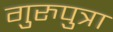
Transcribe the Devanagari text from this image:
गुरुपुत्रा